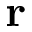
\mathbf { r }